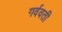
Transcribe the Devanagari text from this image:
गर्ववती